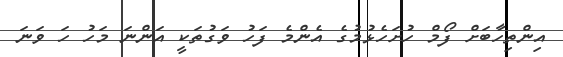
އިންތިހާބަށް ފޯމް ހުށަހެޅުމުގެ އެންމެ ފަހު ވަގުތަކީ އަންނަ މަހު ހަ ވަނަ